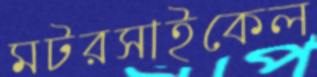
মটরসাইকেল